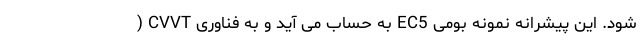
شود. این پیشرانه نمونه بومی EC5 به حساب می آید و به فناوری CVVT (